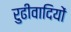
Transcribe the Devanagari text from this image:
रुढीवादियों